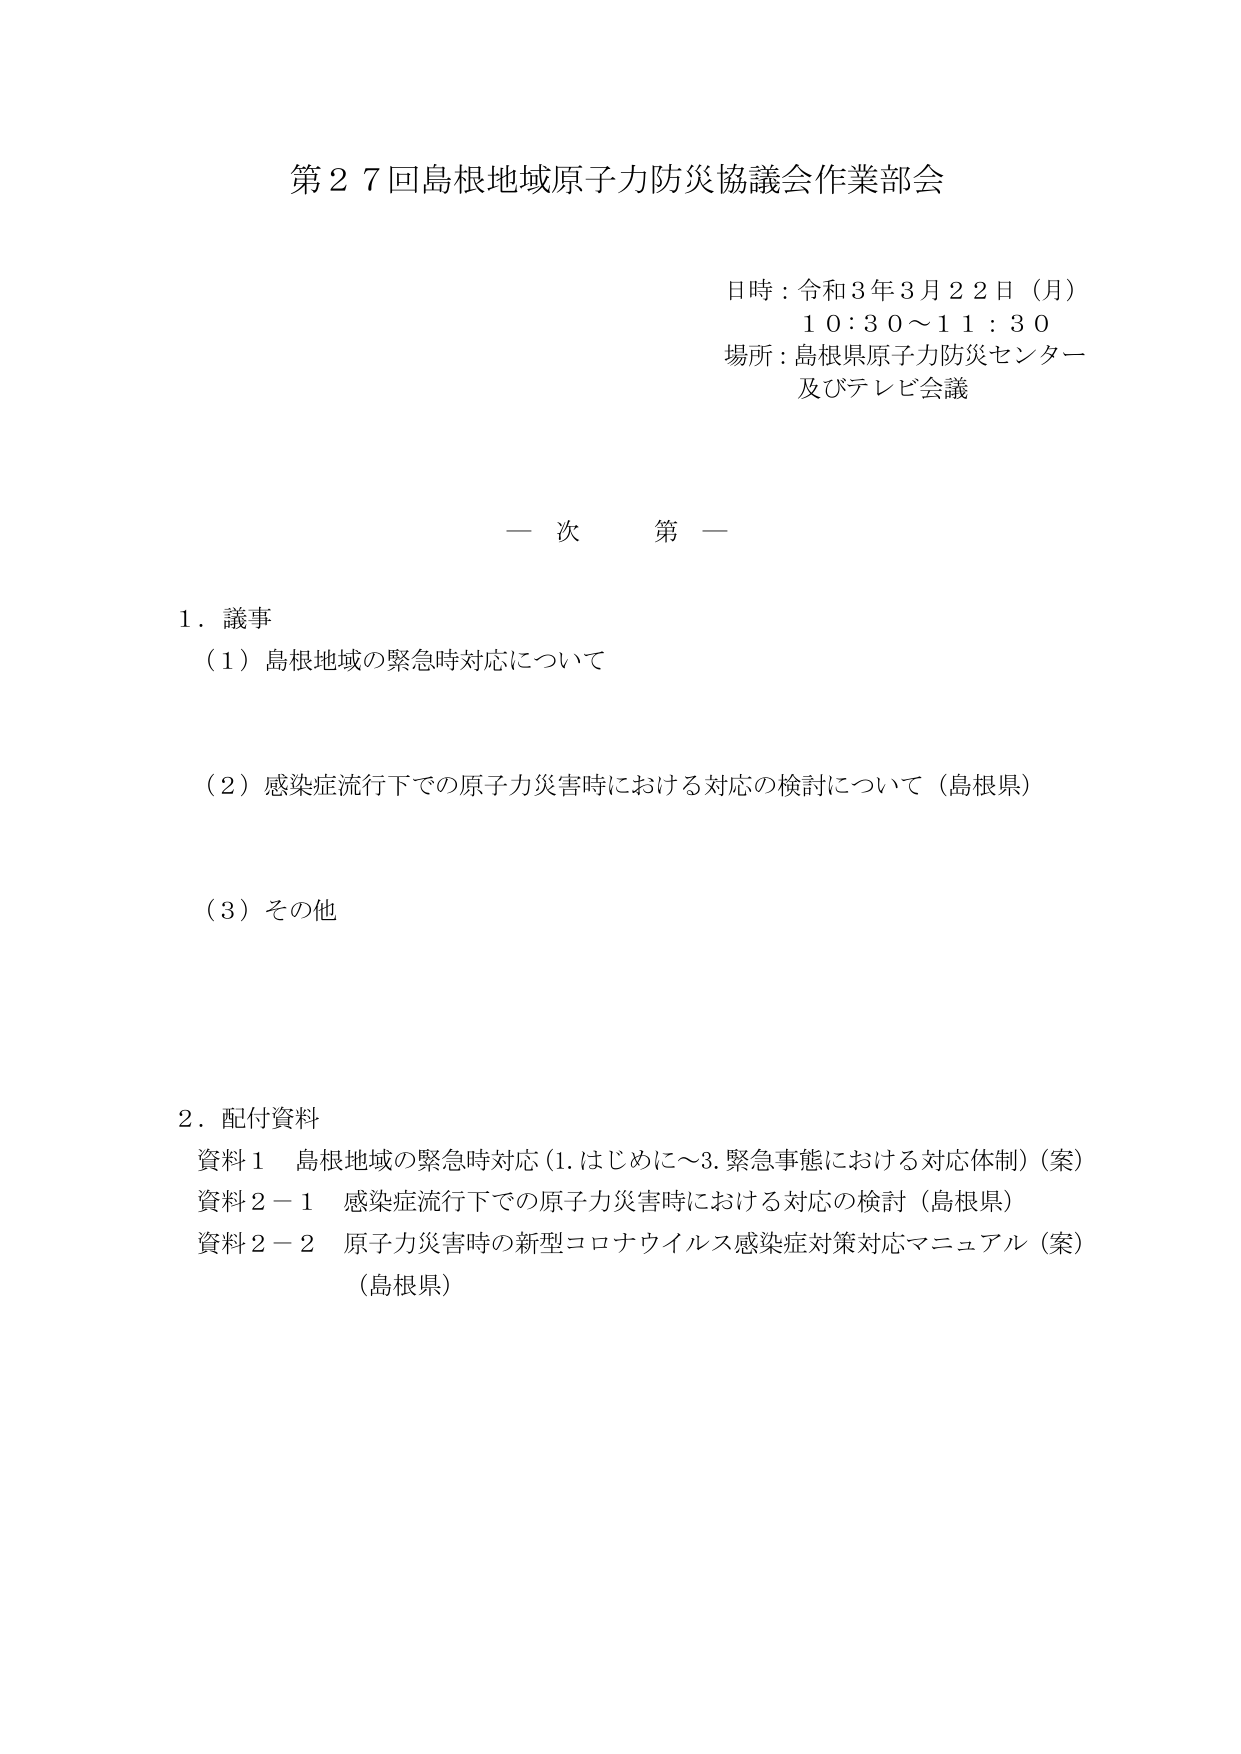
第２７回島根地域原子力防災協議会作業部会

日時：令和３年３月２２日（月）
１０：３０～１１：３０
場所：島根県原子力防災センター
及びテレビ会議

一 次 第 一

１．議事
（１）島根地域の緊急時対応について

（２）感染症流行下での原子力災害時における対応の検討について（島根県）

（３）その他

２．配付資料
資料１ 島根地域の緊急時対応（1.はじめに～3.緊急事態における対応体制）（案）
資料２－１ 感染症流行下での原子力災害時における対応の検討（島根県）
資料２－２ 原子力災害時の新型コロナウイルス感染症対策対応マニュアル（案）
（島根県）